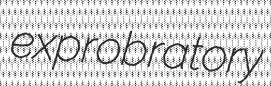
exprobratory